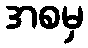
အစမှ